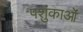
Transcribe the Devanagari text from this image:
पशुंकाओं